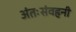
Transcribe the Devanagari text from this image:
अंतःसंवहनी